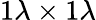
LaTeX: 1\lambda\times 1\lambda